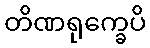
တိဏရုက္ခေပိ